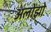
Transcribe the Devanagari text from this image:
अलोंझो